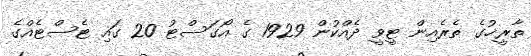
ތާރީޚުގެ ތެރެއިން ޓީވީ ދެއްކުން 1929 ގެ އޯގަސްޓު 20 ގައި ޓެސްޓެއްގެ